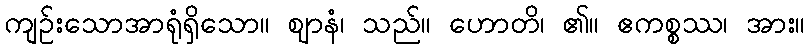
ကျဉ်းသောအာရုံရှိသော။ ဈာနံ၊ သည်။ ဟောတိ၊ ၏။ ဧကစ္စဿ၊ အား။